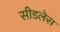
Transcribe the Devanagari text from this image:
सीडलेस